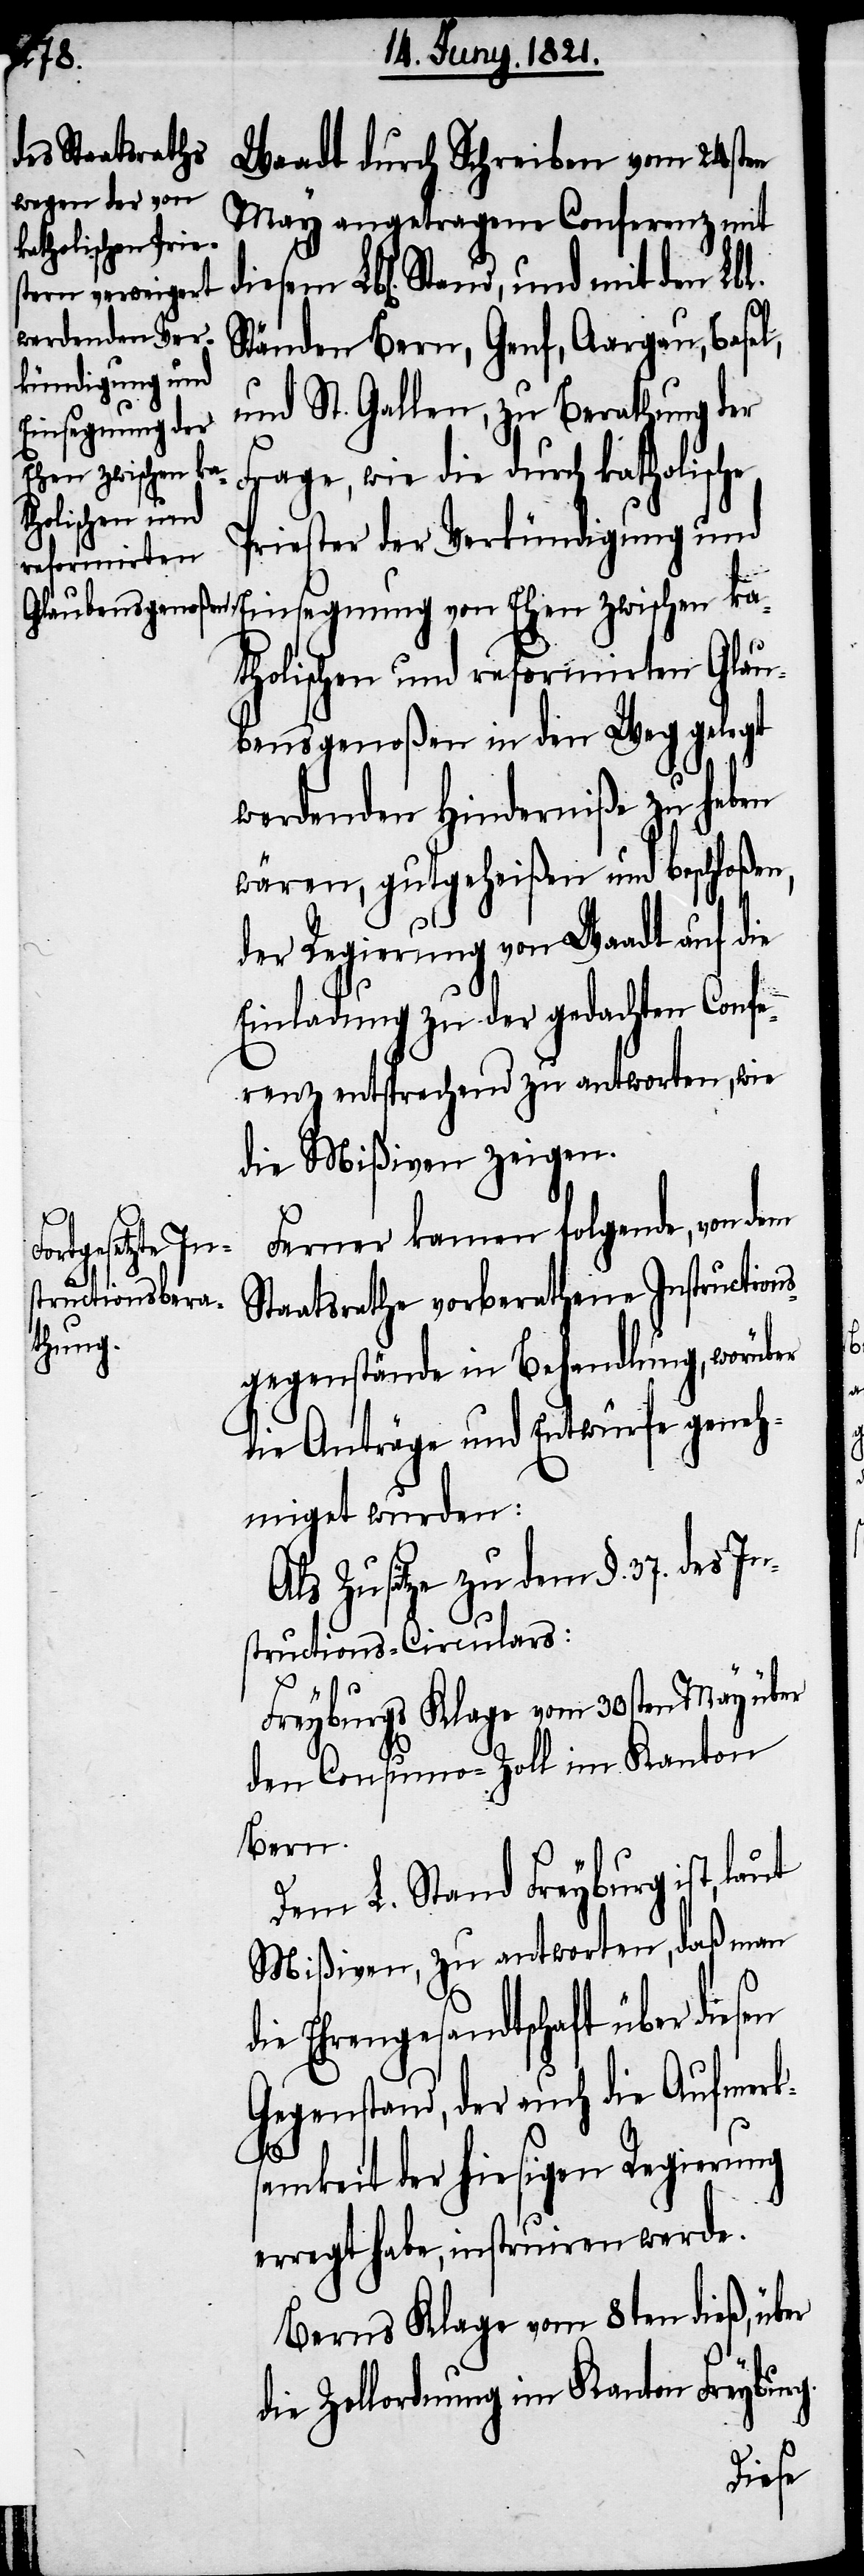
Waadt durch Schreiben vom 24sten
May angetragene Conferenz mit
diesem Lbl. Stand, und mit den Lbl.
Ständen Bern, Genf, Aargau, Basel
und St. Gallen, zu Berathung der
Frage, wie die durch katholische
Priester der Verkündigung und
Einsegnung von Ehen zwischen ka¬
tholischen und reformirten Glau¬
bensgenoßen in den Weg gelegt
werdenden Hinderniße zu heben
wären, gutgeheißen und beschloßen,
der Regierung von Waadt auf die
Einladung zu der gedachten Confe¬
renz entsprechend zu antworten, wie
die Mißiven zeigen.
Ferner kamen folgende, von dem
Staatsrathe vorberathene Instructions¬
gegenstände in Behandlung, worüber
die Anträge und Entwürfe geneh¬
miget wurden:
Als Zusätze zu dem §. 37. des In¬
structions-Circulars:
Freyburgs Klage vom 30sten May über
den Consumo-Zoll im Kanton
Bern.
Dem L. Stand Freyburg ist,
Mißiven, zu antworten, daß man
ie Ehrengesandtschaft über dies¬
Gegenstand, der auch die Aufmer¬
ks¬
amkeit der hiesigen Regierung
erregt habe, instruiren werde.
Berns Klage vom 8ten dieß, über
die Zollordnung im Kanton Freyburg.